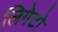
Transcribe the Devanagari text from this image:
लिगेटो